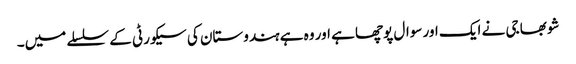
شوبھا جی نے ایک اور سوال پوچھا ہے اور وہ ہے ہندوستان کی سیکورٹی کے سلسلے میں۔